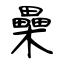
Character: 櫐